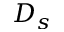
D _ { s }